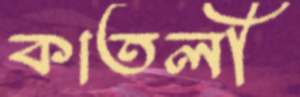
কাতলী